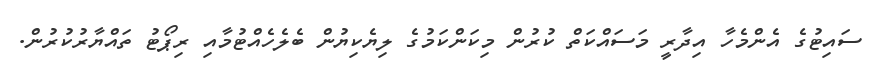
ސައިޓުގެ އެންމެހާ އިދާރީ މަސައްކަތް ކުރުން މިކަންކަމުގެ ލިޔެކިޔުން ބެލެހެއްޓުމާއި ރިޕޯޓު ތައްޔާރުކުރުން.